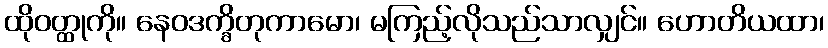
ထိုဝတ္ထုကို။ နေဝဒက္ခိတုကာမော၊ မကြည့်လိုသည်သာလျှင်။ ဟောတိယထာ၊